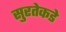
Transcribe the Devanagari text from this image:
सुरतेकडे